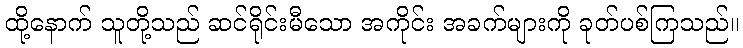
ထို့နောက် သူတို့သည် ဆင်ရိုင်းမီသော အကိုင်း အခက်များကို ခုတ်ပစ်ကြသည်။